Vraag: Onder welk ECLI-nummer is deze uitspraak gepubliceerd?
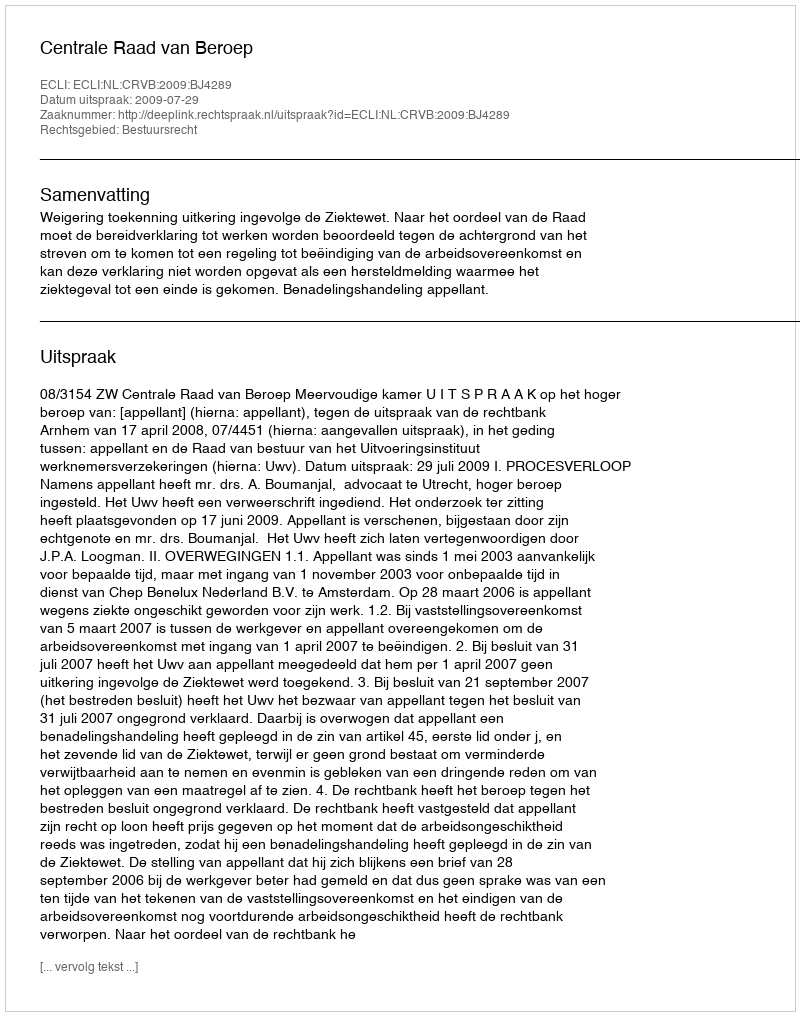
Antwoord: ECLI:NL:CRVB:2009:BJ4289